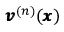
{ \pmb v } ^ { ( n ) } ( { \pmb x } )